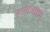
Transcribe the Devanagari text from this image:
हव्यवाहम्